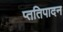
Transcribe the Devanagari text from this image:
प्ततिपादन